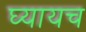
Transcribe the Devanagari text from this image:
घ्यायच